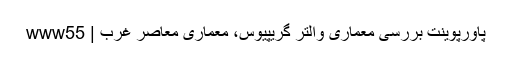
پاورپوینت بررسی معماری والتر گریپیوس، معماری معاصر غرب | www55